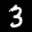
Label: 3